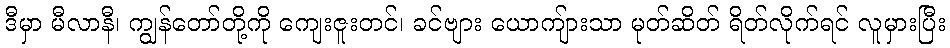
ဒီမှာ မီလာနီ၊ ကျွန်တော်တို့ကို ကျေးဇူးတင်၊ ခင်ဗျား ယောကျ်ားသာ မုတ်ဆိတ် ရိတ်လိုက်ရင် လူမှားပြီး